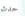
حدث